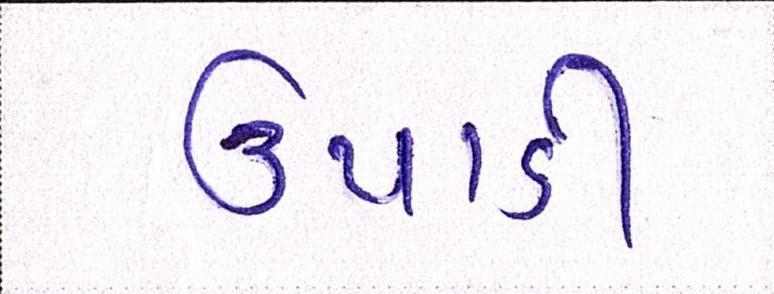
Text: ઉપાડી